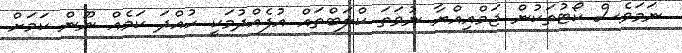
ނަމަވެސް ކޯޓުތަކުން ޖަމްއިއްޔާ ނުވަތަ ކްލަބްތައް އުފެއްދުމަކީ ހުއްދަ ކަމެއް ނޫން ކަމަށް